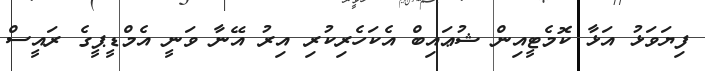
ފިޔަވަޅު އަޅާ ކޮމެޓީއިން ޝުޢައިބް އެކަހެރިކުރި އިރު އޭނާ ވަނީ އެމްޑީޕީގެ ރައީސް